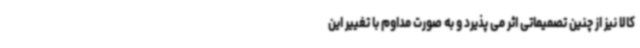
کالا نیز از چنین تصمیماتی اثر می پذیرد و به صورت مداوم با تغییر این